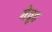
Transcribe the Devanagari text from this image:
मेवुड